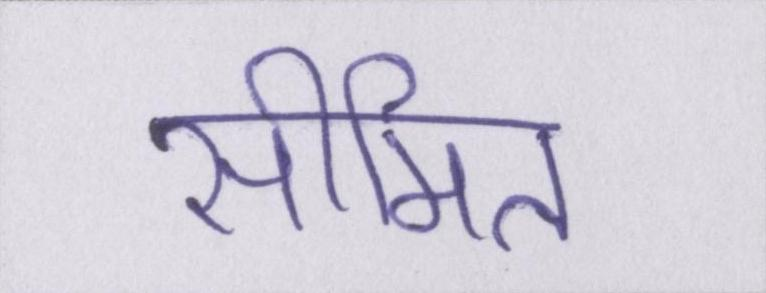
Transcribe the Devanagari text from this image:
सीमित